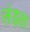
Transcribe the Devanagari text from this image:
लंड़ता